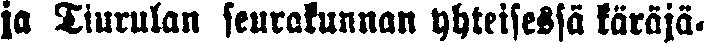
ja Tiurulan seurakunnan yhteisessä käräjä-